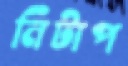
নিটাপ